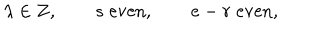
\lambda \in { \bf Z } , \qquad s \; \mathrm { e v e n } , \qquad e - r \; \mathrm { e v e n } ,